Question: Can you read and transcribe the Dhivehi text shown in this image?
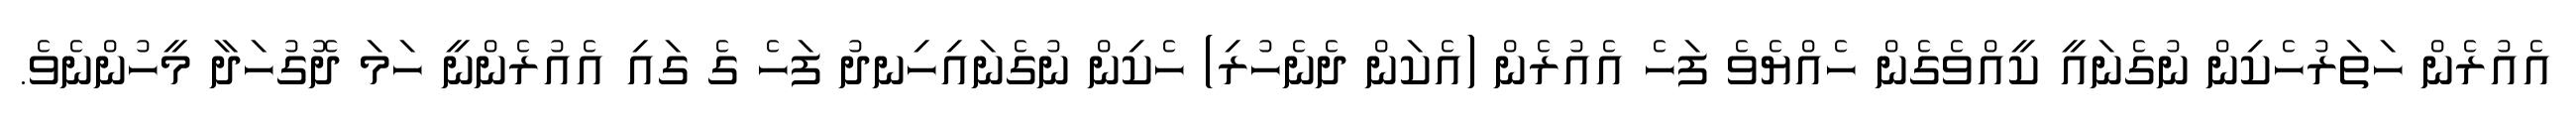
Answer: އެއުރެން ހަތަރުހެކިން ނުގެނައީ ކީއްވެގެން ހެއްޔެވެ ފަހެ އެއުރެން (އެކަން ދެނެހުރި) ހެކިން ނުގެނައިހިނދު ފަހެ ގެ ގައި އެއުރެންނީ ހަމަ ދޮގުހަދާ މީހުންނެވެ.